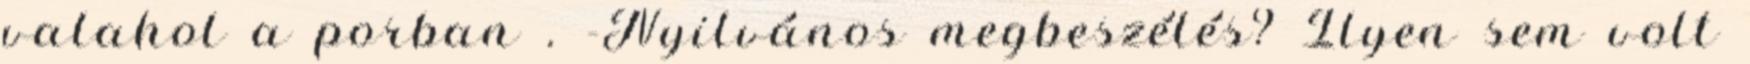
valahol a porban . -Nyilvános megbeszélés? Ilyen sem volt